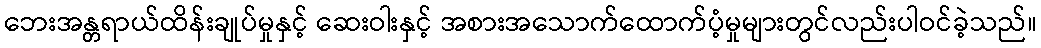
ဘေးအန္တရာယ်ထိန်းချုပ်မှုနှင့် ဆေးဝါးနှင့် အစားအသောက်ထောက်ပံ့မှုများတွင်လည်းပါဝင်ခဲ့သည်။